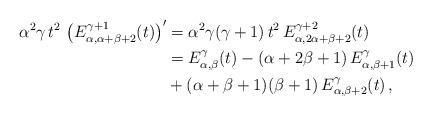
LaTeX: \begin{align*} \alpha^2 \gamma\, t^2\,\left(E_{\alpha, \alpha+\beta+2}^{\gamma+1}(t)\right)' &= \alpha^2 \gamma(\gamma+1)\,t^2\, E_{\alpha, 2\alpha+\beta+2}^{\gamma+2}(t) \\ &= E_{\alpha, \beta}^\gamma(t) - (\alpha+2\beta+1)\, E_{\alpha, \beta+1}^\gamma(t) \\&+ (\alpha+\beta+1)(\beta+1)\, E_{\alpha, \beta+2}^\gamma(t) \,, \end{align*}